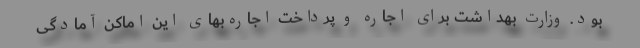
بود. وزارت بهداشت برای اجاره و پرداخت اجاره‌بهای این اماکن آمادگی